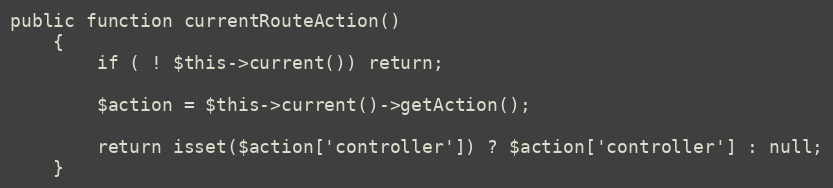
Language: PHP
public function currentRouteAction()
	{
		if ( ! $this->current()) return;

		$action = $this->current()->getAction();

		return isset($action['controller']) ? $action['controller'] : null;
	}